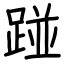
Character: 踫